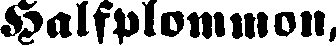
Halfplommon,